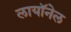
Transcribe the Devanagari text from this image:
लायॉनेल